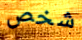
شخص